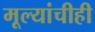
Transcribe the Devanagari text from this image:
मूल्यांचीही